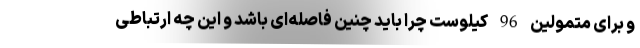
و برای متمولین 96 کیلوست چرا باید چنین فاصله‌ای باشد و این چه ارتباطی